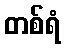
တစ်ရံ